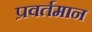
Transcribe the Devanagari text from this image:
प्रवर्तमान